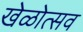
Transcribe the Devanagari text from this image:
खेळोत्सव